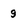
Character: 9